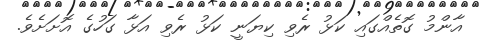
އާންމު ގޮތެއްގައި ކަޅު ރެވި ކިޔަނީ ކަޅު ރެވި އަޅާ ގަހުގެ އޮށަށެވެ.